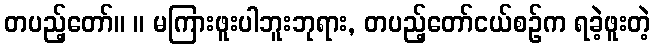
တပည့်တော်။ ။ မကြားဖူးပါဘူးဘုရား, တပည့်တော်ငယ်စဉ်က ရခဲ့ဖူးတဲ့